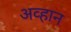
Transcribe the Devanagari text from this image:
अव्हान